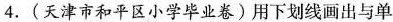
4.(天津市和平区小学毕业卷)用下划线画出与单